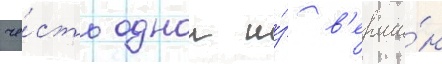
че́сть однои и́з в'ерши́н